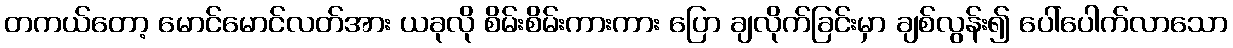
တကယ်တော့ မောင်မောင်လတ်အား ယခုလို စိမ်းစိမ်းကားကား ပြော ချလိုက်ခြင်းမှာ ချစ်လွန်း၍ ပေါ်ပေါက်လာသော